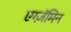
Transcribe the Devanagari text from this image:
एग्ज़ॅमिन